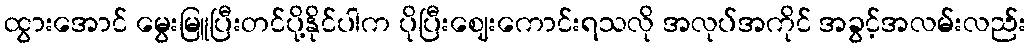
ထွားအောင် မွေးမြူပြီးတင်ပို့နိုင်ပါက ပိုပြီးဈေးကောင်းရသလို အလုပ်အကိုင် အခွင့်အလမ်းလည်း